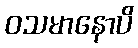
ဝသမာနောပိ